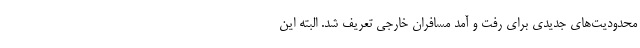
محدودیت‌های جدیدی برای رفت و آمد مسافران خارجی تعریف شد. البته این